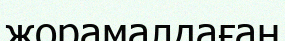
жорамалдаған